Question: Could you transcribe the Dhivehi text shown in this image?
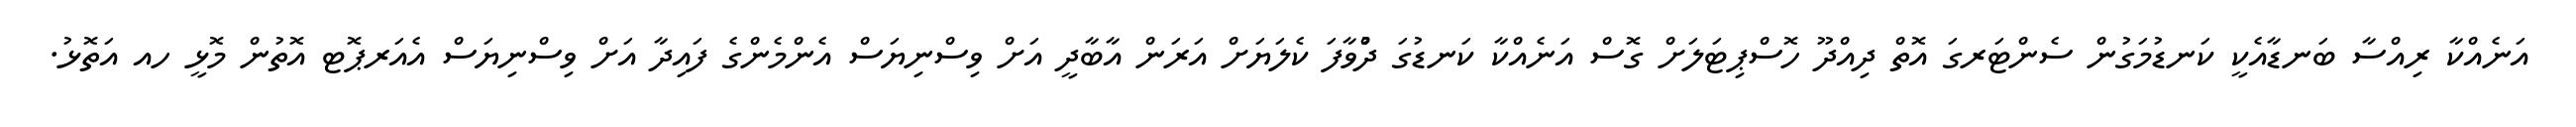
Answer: އަނެއްކާ ރިއްސާ ބަނޑާއެކީ ކަނޑުމަގުން ސެންޓަރގަ އޮތް ދިއްދޫ ހޮސްޕިޓަލަށް ގޮސް އަނެއްކާ ކަނޑުގަ ދުްވާފަ ކެލަޔަށް އަރަން އާބާދީ އަށް ވިސްނިޔަސް އެންމެންގެ ފައިދާ އަށް ވިސްނިޔަސް އެއަރޕޮޓ އޮތުން މޮޅީ ހއ އަތޮޅު.